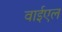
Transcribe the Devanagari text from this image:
वाईएल